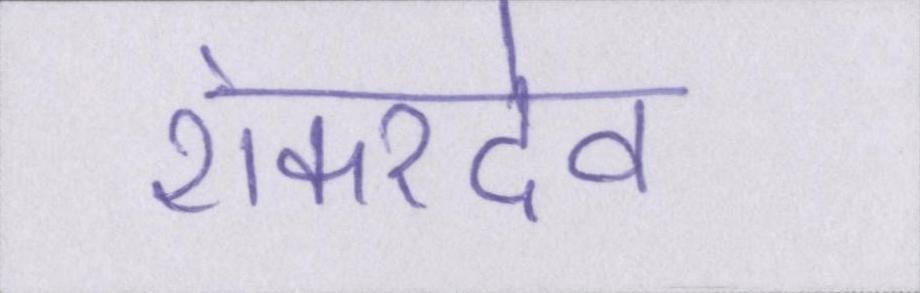
शंकरदेव